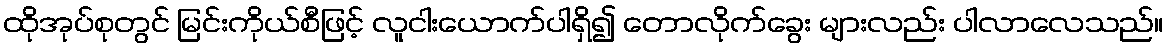
ထိုအုပ်စုတွင် မြင်းကိုယ်စီဖြင့် လူငါးယောက်ပါရှိ၍ တောလိုက်ခွေး များလည်း ပါလာလေသည်။